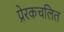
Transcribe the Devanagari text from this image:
प्रेरकचलित